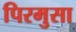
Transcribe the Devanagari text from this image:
पिरमुसा